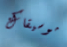
موسيقاك